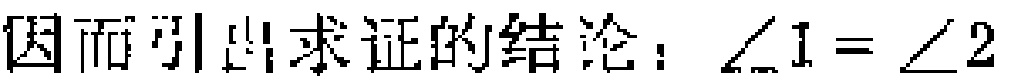
因而引出求证的结论：\(\angle 1 = \angle 2\)